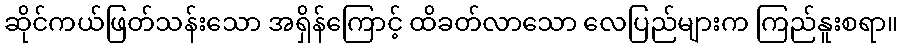
ဆိုင်ကယ်ဖြတ်သန်းသော အရှိန်ကြောင့် ထိခတ်လာသော လေပြည်များက ကြည်နူးစရာ။